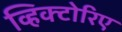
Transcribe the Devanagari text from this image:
व्हिक्टोरिए